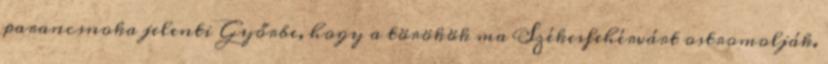
parancsnoka jelenti Győrbe, hogy a törökök ma Székesfehérvárt ostromolják.